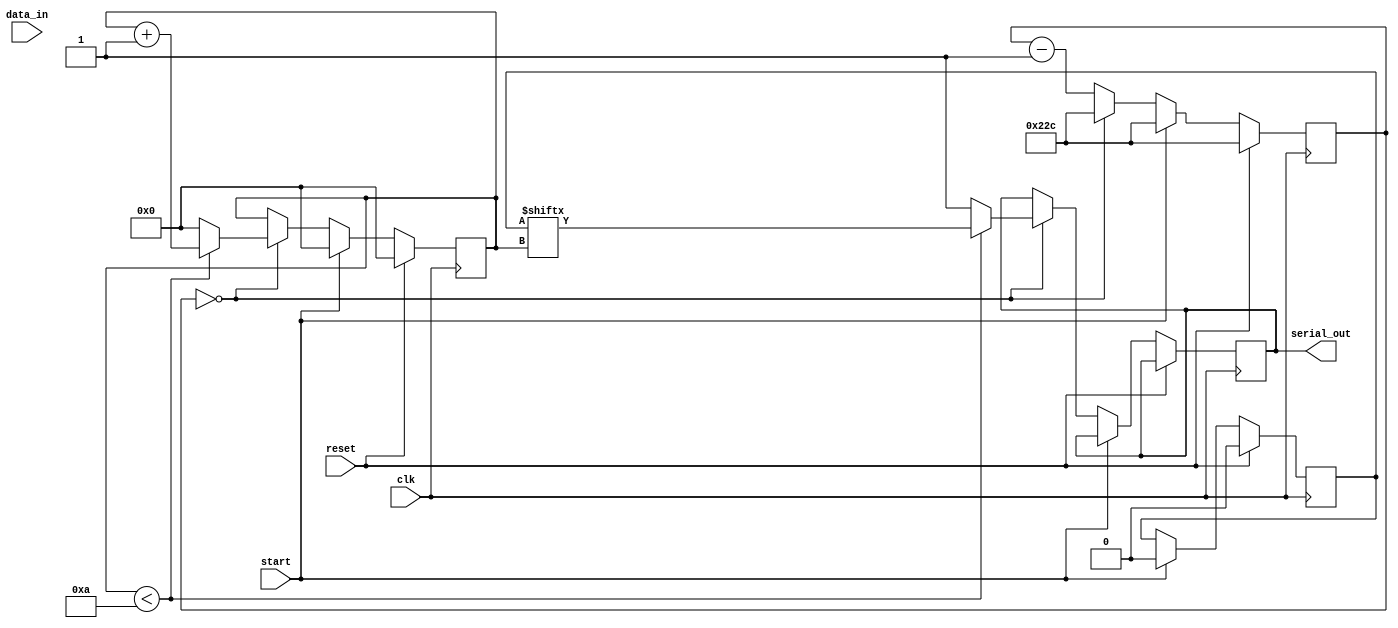
module uart_transmitter(
    input wire clk,
    input wire reset,
    input wire start,
    input wire [7:0] data_in,
    output reg serial_out
);

reg [3:0] bit_count;
reg [10:0] baud_counter;
reg shift_reg;

parameter baud_rate = 9600;
parameter CLK_FREQ = 50_000_000;

always @(posedge clk) begin
    if(reset) begin
        bit_count <= 0;
        baud_counter <= (CLK_FREQ / baud_rate) / 2;
        shift_reg <= 0;
    end else begin
        if(start) begin
            bit_count <= 0;
            baud_counter <= (CLK_FREQ / baud_rate) / 2;
            shift_reg <= {start, data_in, 0};
        end else begin
            if(baud_counter == 0) begin
                if(bit_count < 10) begin
                    serial_out <= shift_reg[bit_count];
                    bit_count <= bit_count + 1;
                end else begin
                    serial_out <= 1;
                    bit_count <= 0;
                end
                baud_counter <= (CLK_FREQ / baud_rate) / 2;
            end else begin
                baud_counter <= baud_counter - 1;
            end
        end
    end
end

endmodule